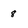
Character: 8